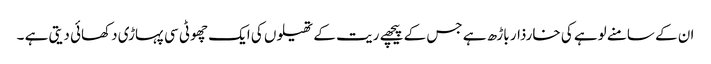
ان کے سامنے لوہے کی خارذار باڑھ ہے جس کے پیچھے ریت کے تھیلوں کی ایک چھوٹی سی پہاڑی دکھائی دیتی ہے ۔